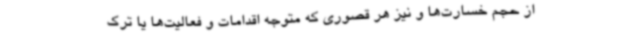
از حجم خسارت‌ها و نیز هر قصوری که متوجه اقدامات و فعالیت‌ها یا ترک